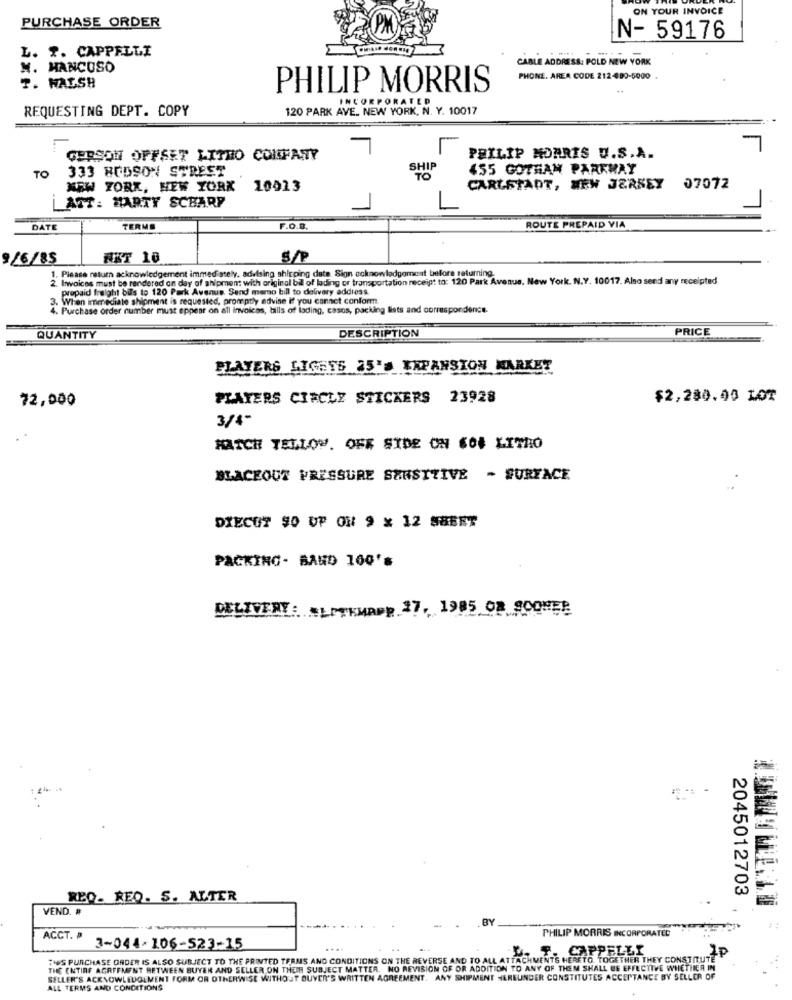
ON YOUR INVOICE
PURCHASE ORDER
N- 59176
L. 2. CAPPELLI
CABLE ADDRESS
ADDRESS: POLD NEW YORK
M. MANCUSO
PHONE. AREA CODE 212-490-5000
T. WALSH
PHILIP MORRIS
INCORPORATED
REQUESTING DEPT. COPY
120 PARK AVE. NEW YORK, N. Y. 10017
GERSON OFFSET LITHO CONFANY
PHILIP MORRIS U.S.A.
333 BUDSON STREET
SHIP
455 GOTHAM PARKWAY
TO
NEW YORK, NEW YORK 10013
CARLSTADT, NEW JERSEY
07072
ATT: MARTY SCHARP
DATI
TERME
F.O.B.
ROUTE PREPAID VIA
9/6/85
NKT 10
S/P
1. Please return acknowledgement immediately. advising shipping date Sign acknowledgement before returning
2. Invoices must be rendered on day of shipment with original bil of lading or transportation receipt to: 120 Park Avenue, New York. N.Y. 10017. Also send any receipted
prepaid freight bils to 120 Park Avenue. Send memo bill to delivery address
3. When immediate shipment is requested, promptly edvine if you cannot conform
4. Purchase order number must appear on all invoices, bills of lading, casos, packing lists and correspondence.
PRICE
QUANTITY
DESCRIPTION
PLAYERS LIGETS 25'S EXPANSION MARKET
72,000
PLAYERS CIRCLE STICKERS 23928
$2,280.00 LOT
3/4"
HATCH TELLOW. OFF SIDE ON CON LITHO
BLACKOUT PRESSURE SENSITIVE - SURFACE
DIECUT 90 UP ON 9 × 12 S8BET
PACKING- BAND 100's
DELIVERY : #LATEMAPP 27, 1985 08 800MER
2045012703
REQ- REQ. S. ALTER
VEND. #
BY
PHILIP MORRIS INCORPORATED
ACCT. »
3-044-106-523-15
...
L. F. CAPPELLI
1p
TUS PURCHASE ORDER IS ALSO SUBJECT TO THE PRINTED TERMS AND CONDITIONS ON THE REVERSE AND TO ALL ATTACHMENTS HERETO. TOGETHER THEY CONSTITUTE
THE ENTIRE AGREEMENT BETWEEN BUYER AND SELLER ON THEIR SUBJECT MATTER. NO REVISION OF OR ADDITION TO ANY OF THEM SHALL BE EFFECTIVE WHETHER IN
SELLER'S ACKNOWLEDGEMENT FORM OR OTHERWISE WITHOUT BUYER'S WRITTEN AGREEMENT. ANY SHIPMENT HEREUNDER CONSTITUTES ACCEPTANCE BY SELLER OF
ALL TERMS AND CONDITIONS